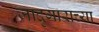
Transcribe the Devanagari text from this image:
जादुगाराच्या